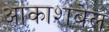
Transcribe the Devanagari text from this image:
आकाशबेल